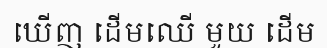
ឃើញ ដើមឈើ មួយ ដើម